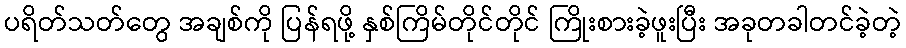
ပရိတ်သတ်တွေ အချစ်ကို ပြန်ရဖို့ နှစ်ကြိမ်တိုင်တိုင် ကြိုးစားခဲ့ဖူးပြီး အခုတခါတင်ခဲ့တဲ့